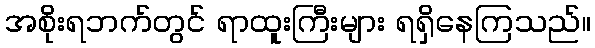
အစိုးရဘက်တွင် ရာထူးကြီးများ ရရှိနေကြသည်။